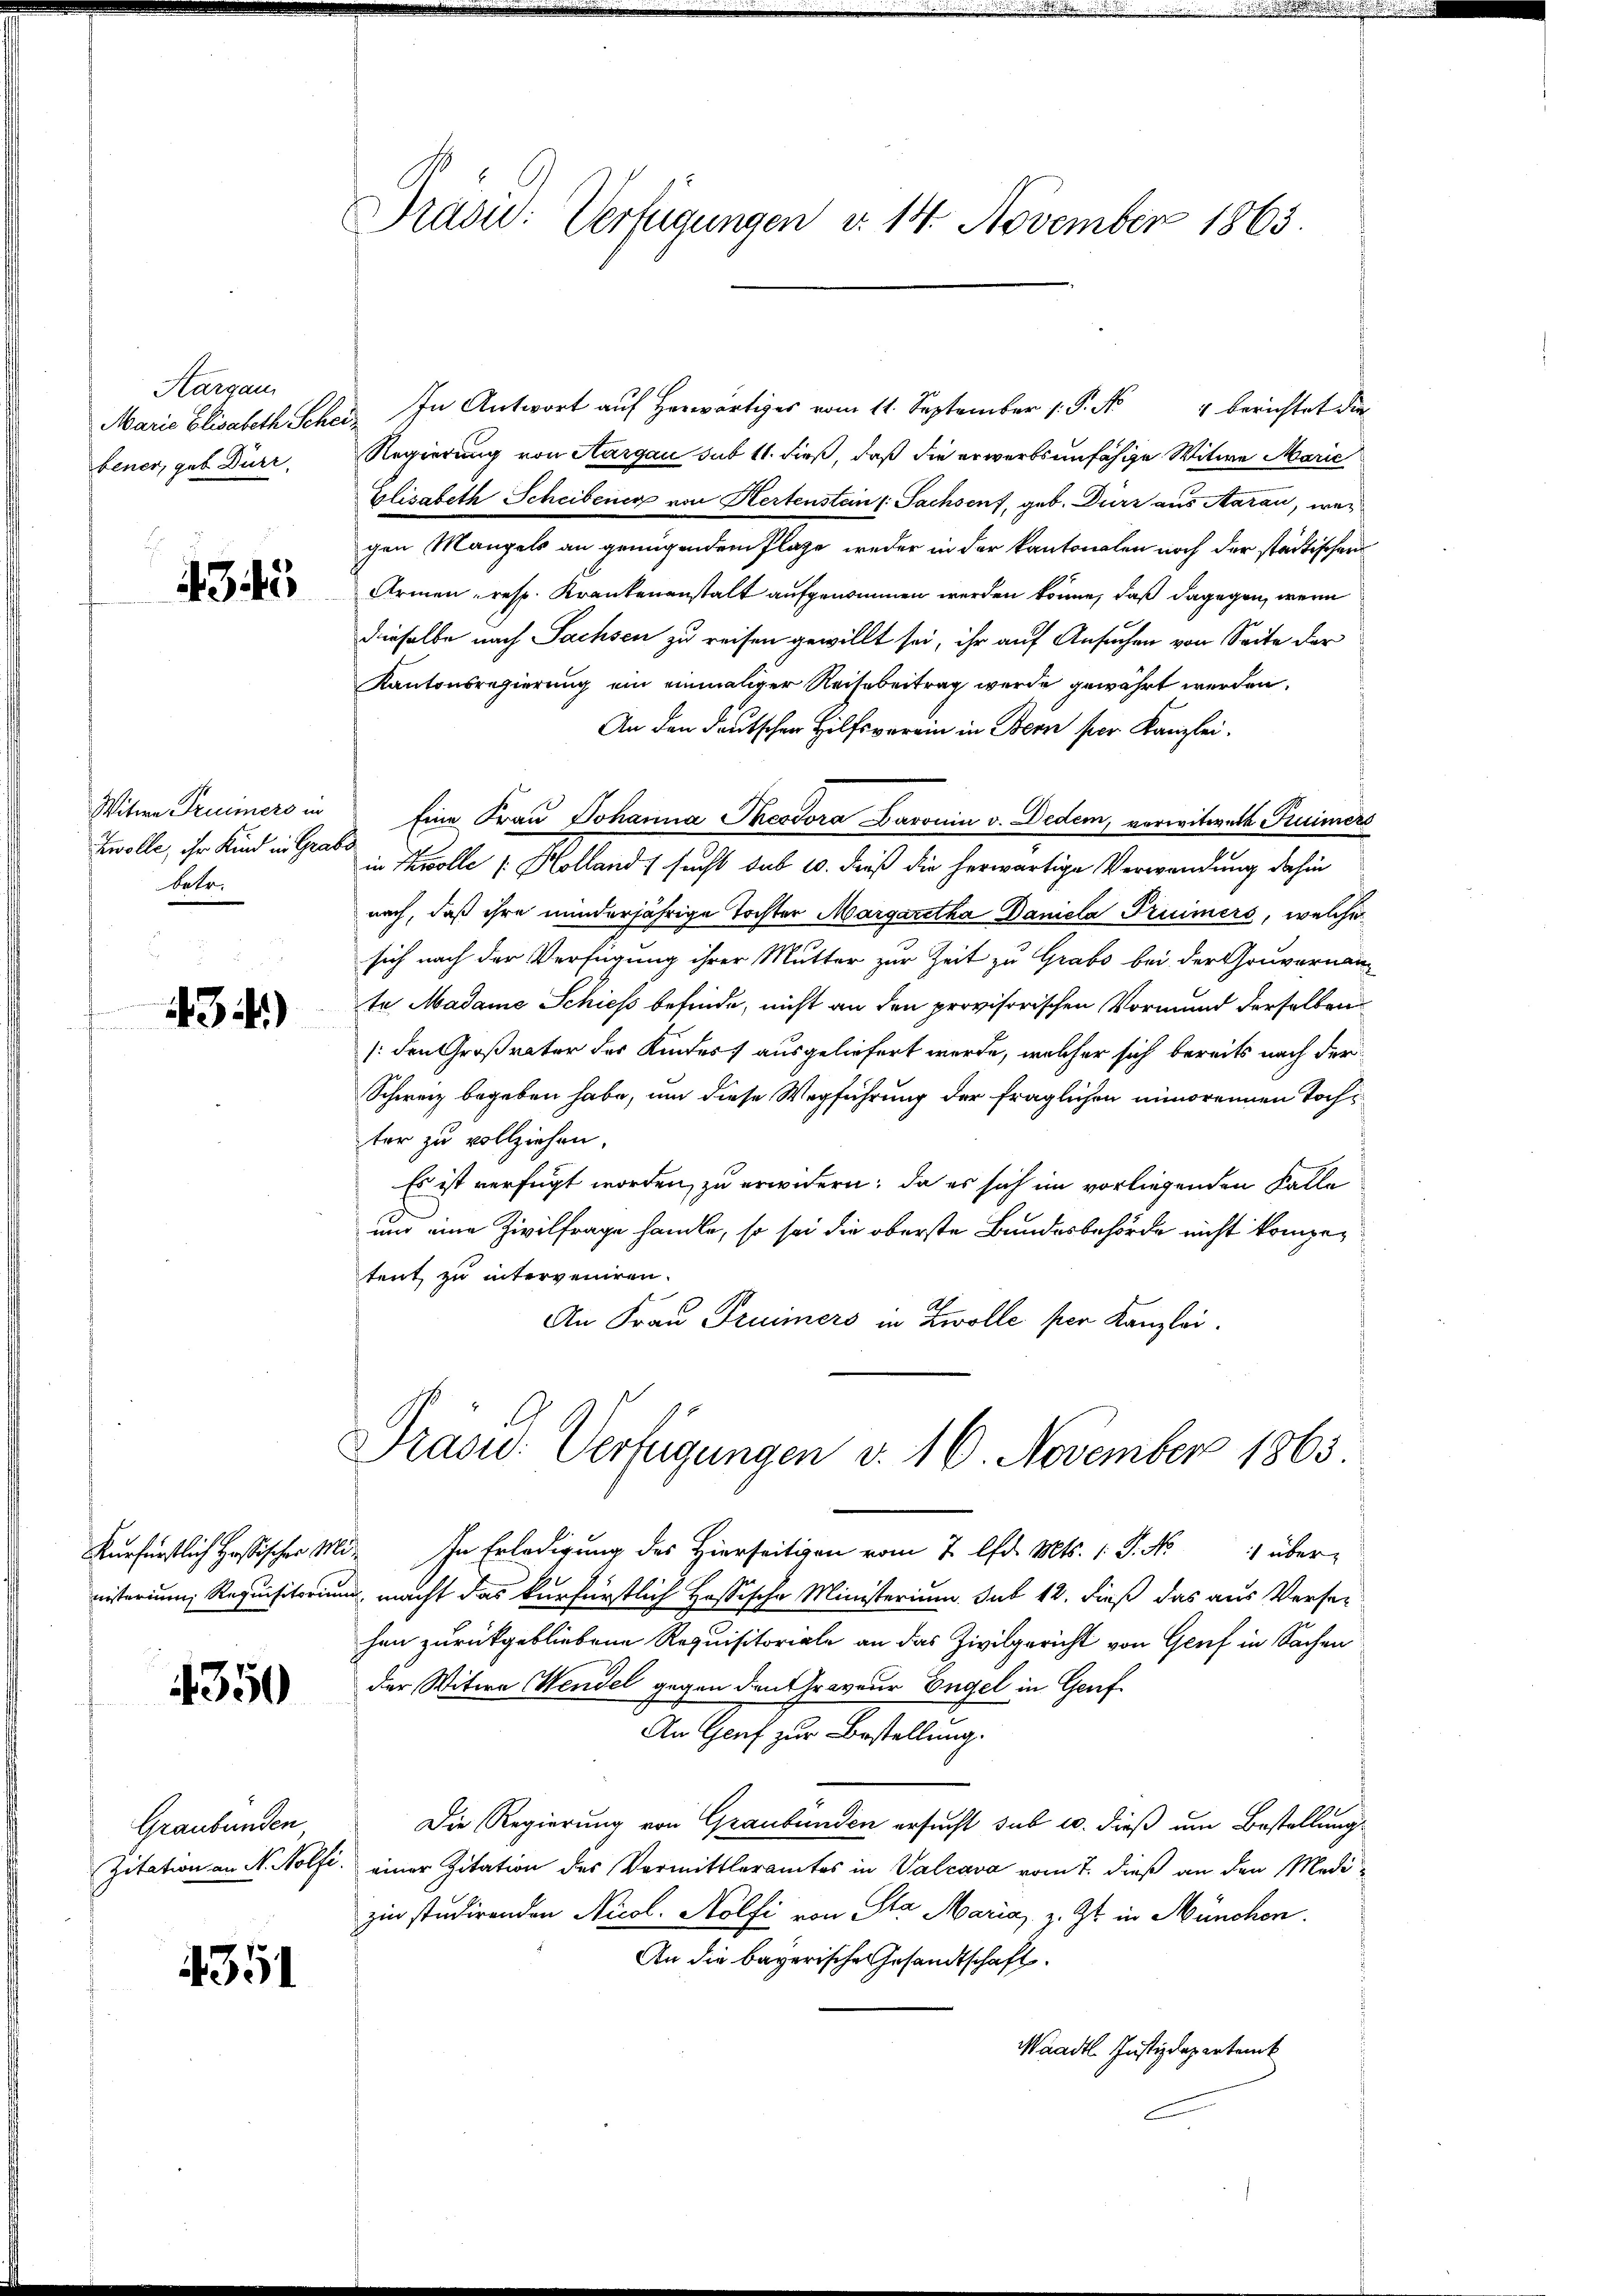
Kargau
bener, gut Dürr,

4345

Witwe Trümers in
Zwolle, ihr Kind in Grad
betr.

434)

nisterium Requisitorium

4350

Graubünden

4351

Präsid: Verfügungen d. 14. November 1863

Marie Elisabeth Schei. In Antwort aŭf herwärtiges vom 11. September 1. P. No 4 berichtet die
Regierung von Aargau sub 11. dieß, daß die erwerbsunfähige Witwe Marie
Elisabeth Scheibenen von Hertenstein /: Sachsens, geb. Durz aus Aarau, wei
gen Mangels an genügendem Plage weder in der kantonalen noch der städtischer
Armen, resp. Krankenanstalt aufgenommen werden könne, daß dagegen, wenn
dieselbe nach Sachsen zu reisen gewillt sei, ihr auf Ansuchen von Seite der
Kantonsregierung ein einmaliger Reisebeitrag werde gewährt werden.
An den deutschen Hilfsverein in Bern per Kanzlei.
Eine Frau Johanna Pessora Baronin v. Dedem, verwitwete Kuimers
s
in Kolle (: Holland sucht sub 10. dieß die herwärtige Verwendung dahin
nach, daß ihre minderjährige Tochter Margaretha Daniela Pruimers, welche
sich nach der Verfügung ihrer Mutter zur Zeit zu Grabs bei der Gouvernan
te Madame Schiess befinde, nicht an den provisorischen Vormund derselben
(den Großvater der Kindes ausgeliefert werde, welcher sich bereits nach der
Schweiz begeben habe, um diese Wegführung der fraglichen minorennen Tochter zu vollziehen.
Es ist verfügt worden, zu erwidern; da es sich im vorliegenden Falle
und eine Zivilfrage handle, so sei die oberste Bundesbehörde nicht kompetent zu interveniren.
An Frau Pruimers in Zwolle per Kanzlei.
Frasu Verfügungen d. 16. November 1863.
Kurfürstlich sicher in Erledigung des Hierseitigen vom 7. d. Mts. 1. P. No 1 über
u. macht das kurfürstlich Hössische Ministerium sub 12. dieß das aus Versei
hen zurückgebliebene Requisitoriale an das Zivilgericht von Genf in Sachen
der Witwe Wendel gegen den Graveur Engel in Genf
An Genf zur Bestellung.
Die Regierung von Graubünden ersucht sub u. dieß um Bestellung
Zitation an N. Nolfi einer Zitation des Vormittleramtes in Valcava vom 7. dieß an den Medizin studirenden Nicol. Holfi von Sta Maria, z. Zt. in München.
An die bayerische Gesandtschaft.
Waadt Justizdepartenk